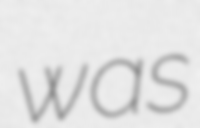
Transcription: was